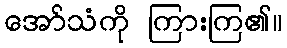
အော်သံကို ကြားကြ၏။